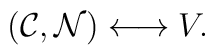
({\cal C}, {\cal N}) \longleftrightarrow V.